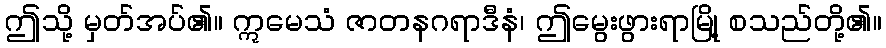
ဤသို့ မှတ်အပ်၏။ ဣမေသံ ဇာတနဂရာဒီနံ၊ ဤမွေးဖွားရာမြို့ စသည်တို့၏။